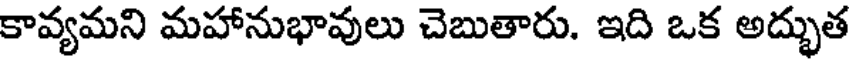
కావ్యమని మహానుభావులు చెబుతారు. ఇది ఒక అద్భుత